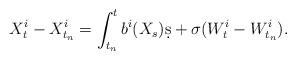
LaTeX: \begin{align*}X_t^i - X_{t_n}^i = \int_{t_n}^t b^i(X_s)\d s + \sigma(W_t^i - W_{t_n}^i).\end{align*}